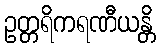
ဥတ္တရိကရဏီယန္တိ